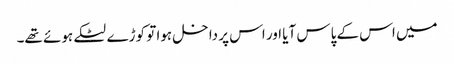
میں اس کے پاس آیا اور اس پر داخل ہوا تو کوڑے لٹکے ہوئے تھے۔